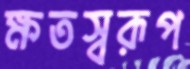
ক্ষতস্বরূপ